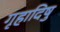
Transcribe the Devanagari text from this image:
गृहादिषु